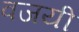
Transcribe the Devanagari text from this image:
वजयी